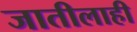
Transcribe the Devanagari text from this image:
जातीलाही